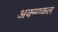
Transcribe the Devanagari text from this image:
अक्साकल